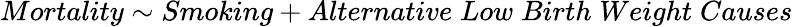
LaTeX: Mortality\sim Smoking+Alternative\; Low\; Birth\; Weight\; Causes